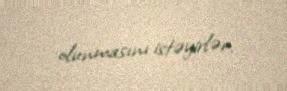
olunmasını istəyirlər.